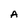
Character: A